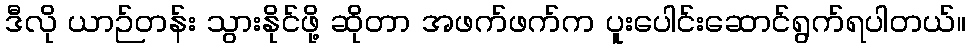
ဒီလို ယာဉ်တန်း သွားနိုင်ဖို့ ဆိုတာ အဖက်ဖက်က ပူးပေါင်းဆောင်ရွက်ရပါတယ်။